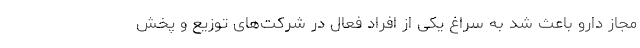
مجاز دارو باعث شد به سراغ یکی از افراد فعال در شرکت‌های توزیع و پخش